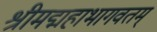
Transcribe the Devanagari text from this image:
श्रीमद्महाभागवतम्